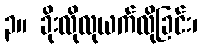
၃။ ခိုးလိုလုယက်လိုခြင်း၊